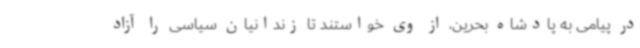
در پیامی به پادشاه بحرین، از وی خواستند تا زندانیان سیاسی را آزاد